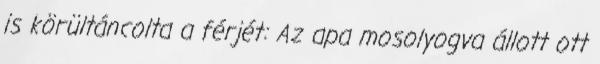
is körültáncolta a férjét: Az apa mosolyogva állott ott